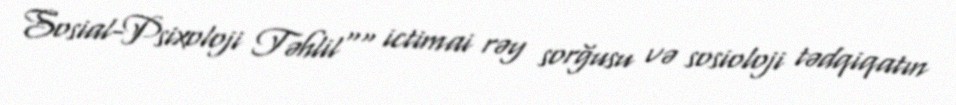
Sosial-Psixoloji Təhlil"" ictimai rəy sorğusu və sosioloji tədqiqatın